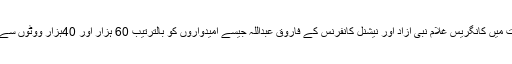
یہاں تک کہ ان انتخابات میں کانگریس غلام نبی آزاد اور نیشنل کانفرنس کے فاروق عبداللہ جیسے امیدواروں کو بالترتیب 60 ہزار اور 40ہزار ووٹوں سے ہار کا سامنا کرنا پڑا۔